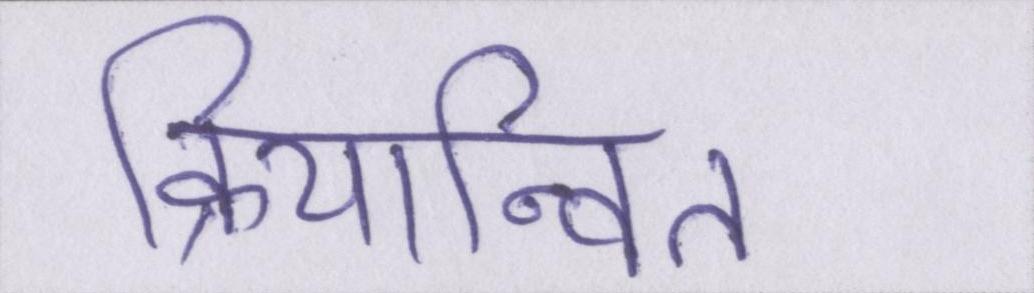
क्रियान्वित